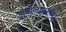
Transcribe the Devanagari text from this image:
अर्थव्यवसथा